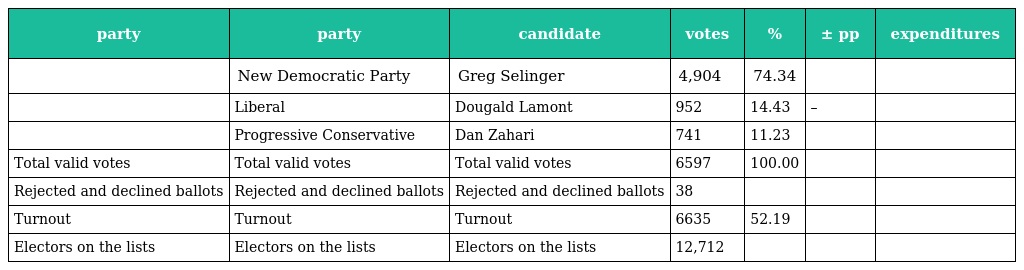
| party | party | candidate | votes | % | ± pp | expenditures |
 | --- | --- | --- | --- | --- | --- | --- |
 |  | New Democratic Party | Greg Selinger | 4,904 | 74.34 |  |  |
 |  | Liberal | Dougald Lamont | 952 | 14.43 | – |  |
 |  | Progressive Conservative | Dan Zahari | 741 | 11.23 |  |  |
 | Total valid votes | Total valid votes | Total valid votes | 6597 | 100.00 |  |  |
 | Rejected and declined ballots | Rejected and declined ballots | Rejected and declined ballots | 38 |  |  |  |
 | Turnout | Turnout | Turnout | 6635 | 52.19 |  |  |
 | Electors on the lists | Electors on the lists | Electors on the lists | 12,712 |  |  |  |